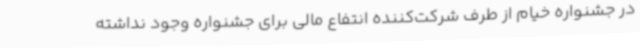
در جشنواره خیام از طرف شرکت‌کننده انتفاع مالی برای جشنواره وجود نداشته